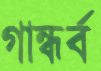
গান্ধর্ব